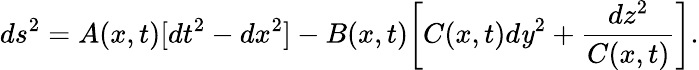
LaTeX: ds^{2}=A(x,t)[dt^{2}-dx^{2}]-B(x,t)\biggl[C(x,t)d\mathit{y}^{2}+\frac{{dz^{2}}}{{C(x,t)}}\biggr].